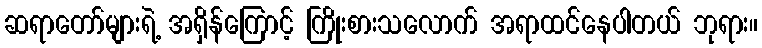
ဆရာတော်များရဲ့ အရှိန်ကြောင့် ကြိုးစားသလောက် အရာထင်နေပါတယ် ဘုရား။